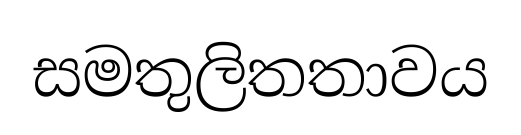
සමතුලිතතාවය